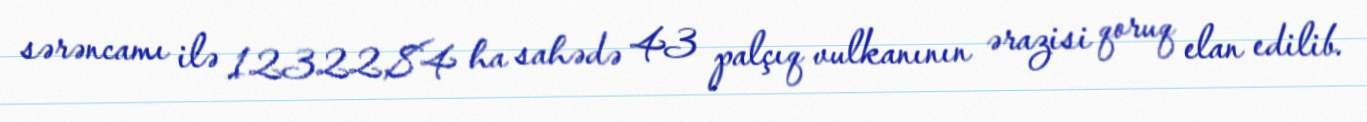
sərəncamı ilə 12322,84 ha sahədə 43 palçıq vulkanının ərazisi qoruq elan edilib.